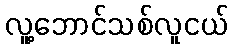
လူ့ဘောင်သစ်လူငယ်